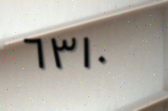
٦٣١٠